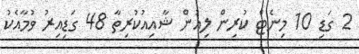
2 ގަޑި 10 މިނެޓް ކުރިން ލިއުން ޝާއިއުކުރިތާ 48 ގަޑިއިރު ވުމާއެކު